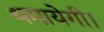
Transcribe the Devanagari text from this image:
थमायेगी।